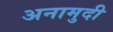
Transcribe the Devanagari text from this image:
अनामुदी